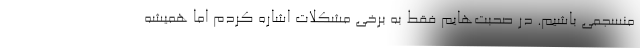
منسجمی باشیم. در صحبت‌هایم فقط به برخی مشکلات اشاره کردم اما همیشه